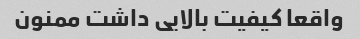
واقعا کیفیت بالایی داشت ممنون